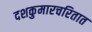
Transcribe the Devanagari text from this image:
दशकुमारचरितात